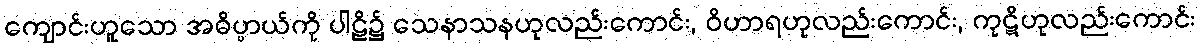
ကျောင်းဟူသော အဓိပ္ပာယ်ကို ပါဠိ၌ သေနာသနဟုလည်းကောင်း, ဝိဟာရဟုလည်းကောင်း, ကုဋိဟုလည်းကောင်း